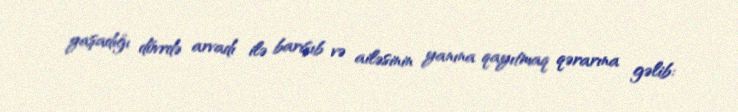
yaşadığı dövrdə arvadı ilə barışıb və ailəsinin yanına qayıtmaq qərarına gəlib: